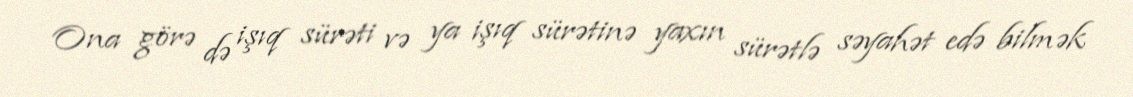
Ona görə də işıq sürəti və ya işıq sürətinə yaxın sürətlə səyahət edə bilmək